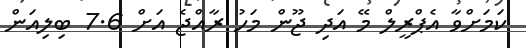
ކަމަށްވާ އެޕްރީލް މޭ އަދި ޖޫން މަހު ރާއްޖެ އަށް 7.6 ބިލިއަން